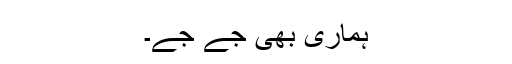
ہماری بھی جے جے۔